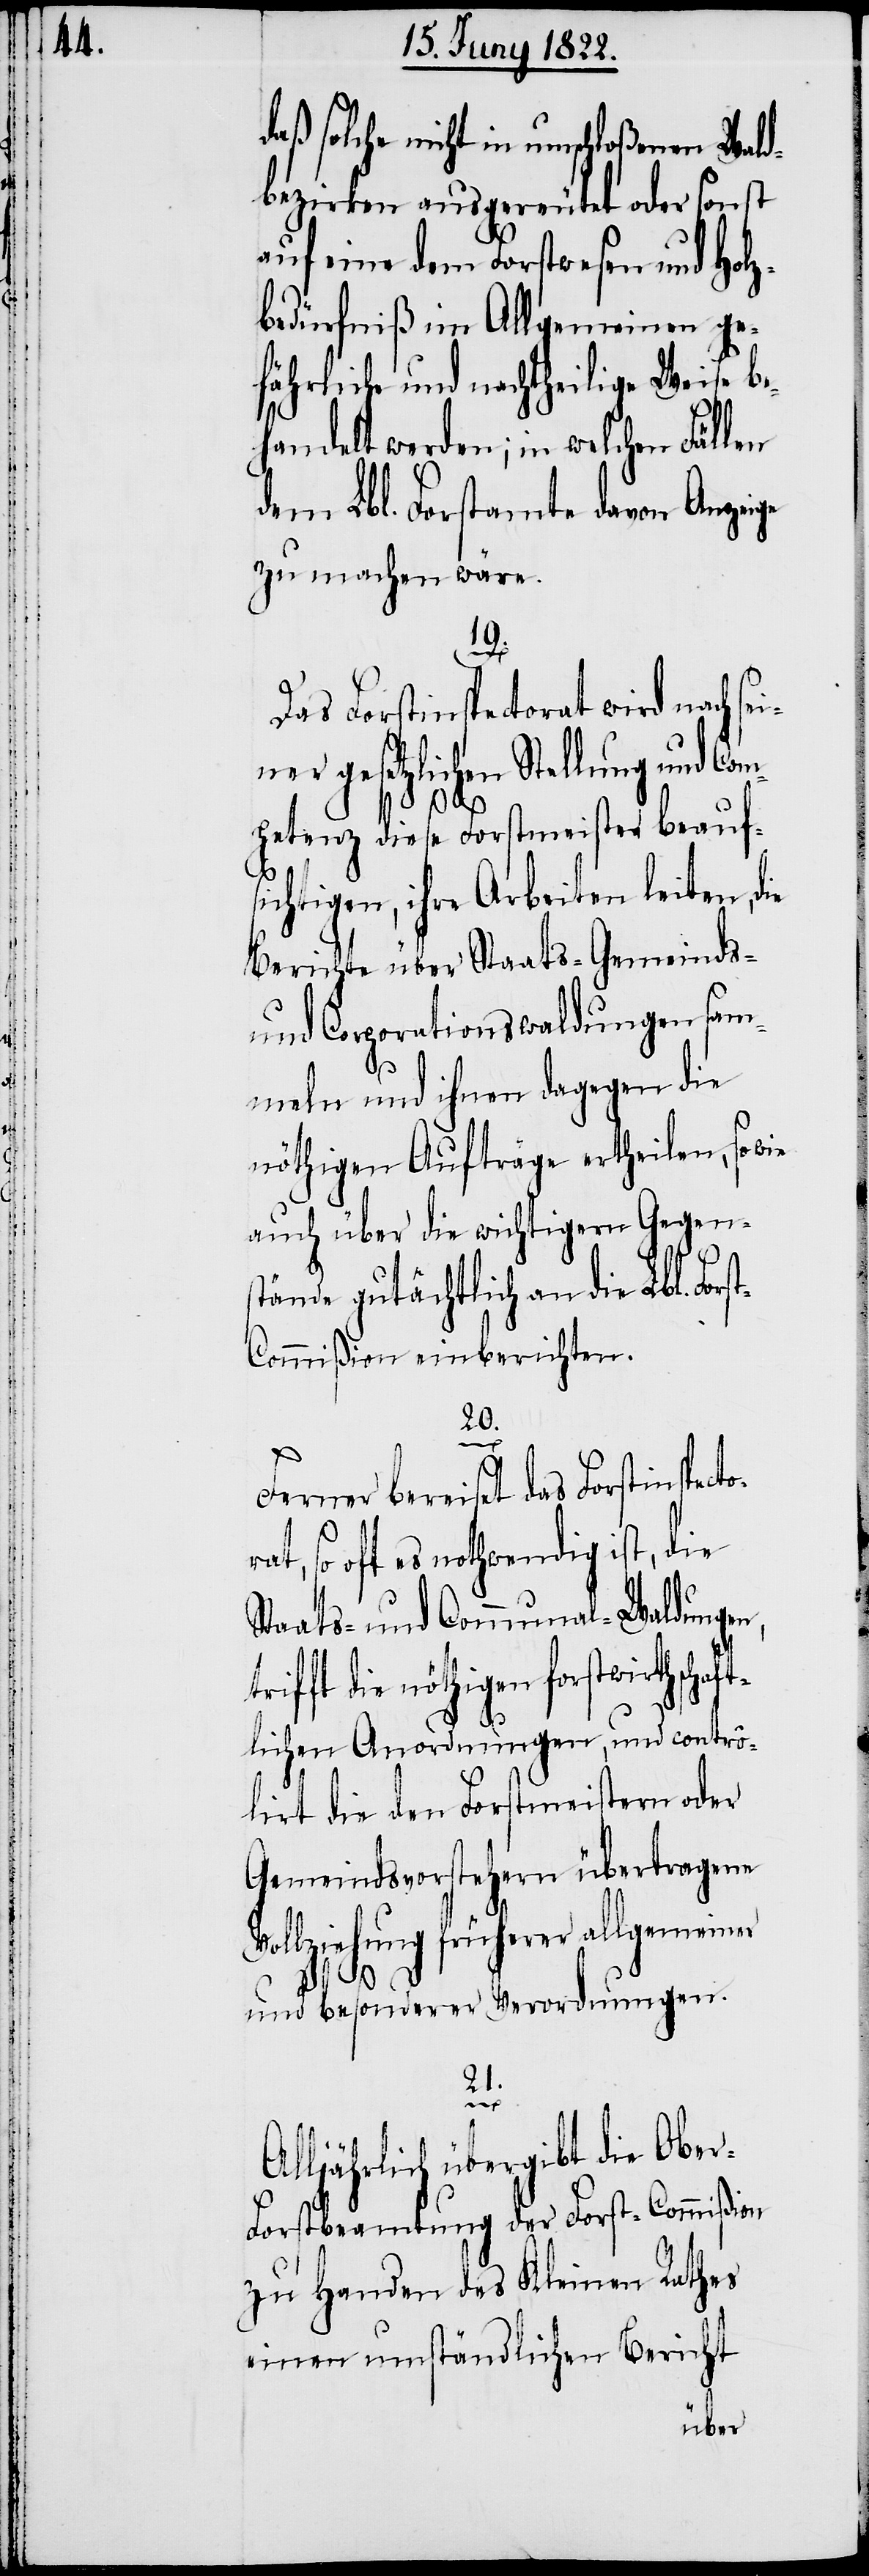
daß solche nicht in umschloßenen Wald¬
bezirken ausgereutet oder sonst
auf eine dem Forstwesen und Holz¬
bedürfniß im Allgemeinen ge¬
fährliche und nachtheilige Weise be¬
handelt werden; in welchen Fällen
dem Lbl. Forstamte davon Anzeige
zu machen wäre.
19.
Das Forstinspectorat wird nach se¬
iner gesetzlichen Stellung und Com¬
petenz diese Forstmeister beaufs¬
ichtigen, ihre Arbeiten leiten, die
Berichte über Staats- Gemeinds-
und Corporationswaldungen sam¬
meln und ihnen dagegen die
so wie
nöthigen Aufträge ertheilen,
auch über die wichtigen Gegens¬
tände gutächtlich an die Lbl. Fors¬
ommißion einberichten.
20.
r-F¬
Ferner bereiset das Forstinspecto¬
so oft es nothwendig ist, die
Staats- und Communal-Waldungen,
die nöthigen forstwirthschaf¬
tlichen Anordnungen, und contro¬
lirt die den Forstmeistern oder
Gemeindsvorstehern übertragene
Vollziehung früherer allgemeiner
und besonderer Verordnungen.
21.
Alljährlich übergibt die Obe¬
orstbeamtung der Forst-Commißion
zu Handen des Kleinen Rathes
einen umständlichen Bericht